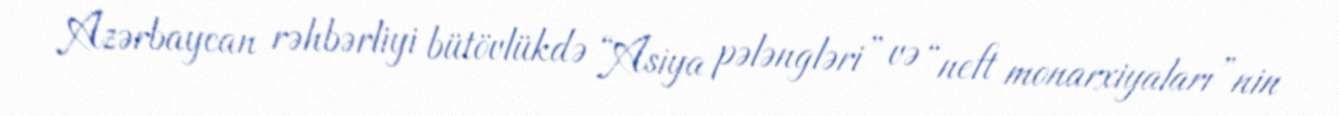
Azərbaycan rəhbərliyi bütövlükdə “Asiya pələngləri” və “neft monarxiyaları”nin